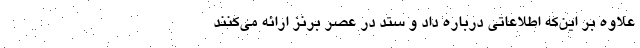
علاوه بر این‌که اطلاعاتی درباره داد و ستد در عصر برنز ارائه می‌کنند